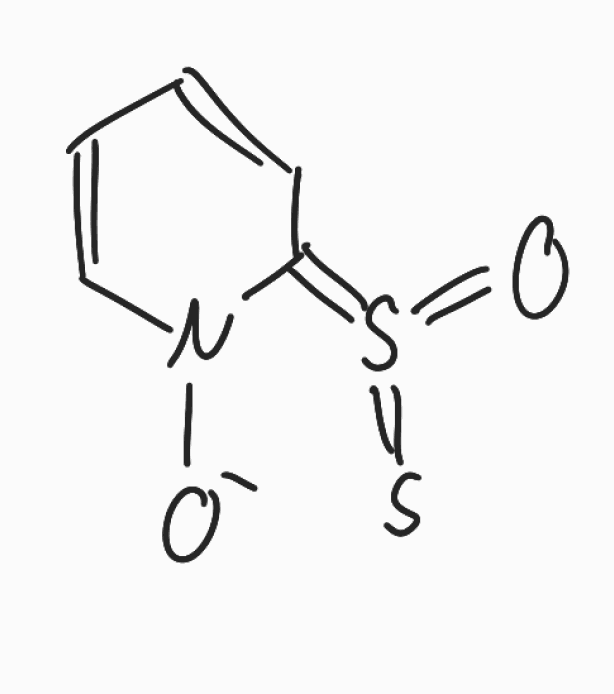
Simplified molecular-input line-entry system (SMILES) notation of the given molecule:
C1=CC(=S(=O)=S)N(C=C1)[O-]